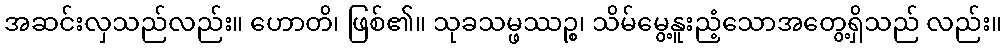
အဆင်းလှသည်လည်း။ ဟောတိ၊ ဖြစ်၏။ သုခသမ္ဖဿဉ္စ၊ သိမ်မွေ့နူးညံ့သောအတွေ့ရှိသည် လည်း။